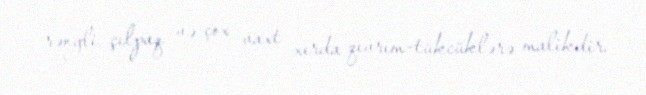
rəngli, çılpaq və çox vaxt xırda qıvrım-tükcüklərə malikdir.